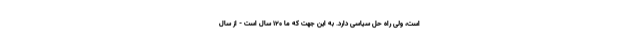
است، ولی راه حل سیاسی دارد. به این جهت که ما 120 سال است - از سال